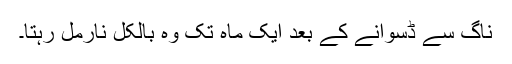
ناگ سے ڈسوانے کے بعد ایک ماہ تک وہ بالکل نارمل رہتا۔